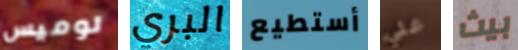
لوميس البري أستطيع علي بيث